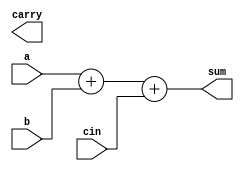
module Full_Adder ( a,b,cin,sum,carry);
    input [7:0]a; input [7:0]b; input cin;
    output [7:0]sum; output carry;
   
assign {cout,sum}=a+ b+cin;


endmodule